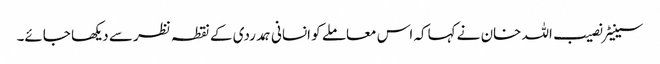
سینیٹر نصیب اللہ خان نے کہاکہ اس معاملے کو انسانی ہمدردی کے نقطہ نظر سے دیکھا جائے۔